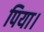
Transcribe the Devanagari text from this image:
पिया।